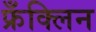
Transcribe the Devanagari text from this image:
फ्रँक्लिन